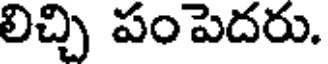
లిచ్చి పంపెదరు.